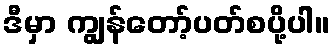
ဒီမှာ ကျွန်တော့်ပတ်စပို့ပါ။